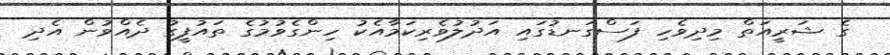
ގެ ޝަރީއަތް މިދިވެހި ފަސްގަނޑުގައި އަދުލުވެރިކަމާއެކު ހިންގެވުމުގެ ތައުފީގު ދެއްވުން އެދި